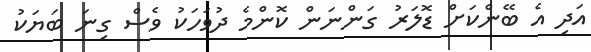
އަދި އެ ބޭންކަށް ޑޮލަރު ގަންނަން ކޮންމެ ދުވަހަކު ވެސް ގިނަ ބަޔަކު